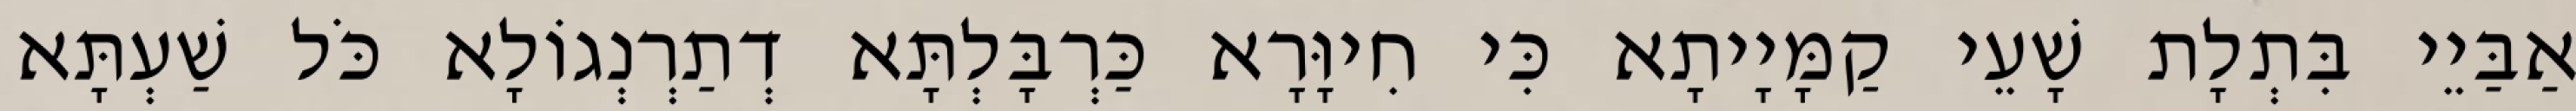
אַבַּיֵי בִּתְלָת שָׁעֵי קַמָּיָיתָא כִּי חִיוָּרָא כַּרְבָּלְתָּא דְתַרְנְגוֹלָא כֹּל שַׁעְתָּא